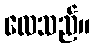
လေသည်။